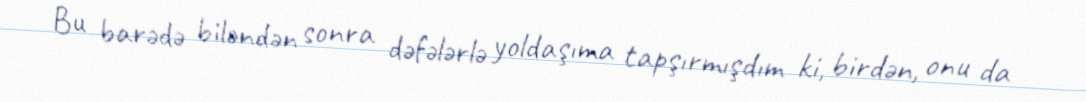
Bu barədə biləndən sonra dəfələrlə yoldaşıma tapşırmışdım ki, birdən, onu da